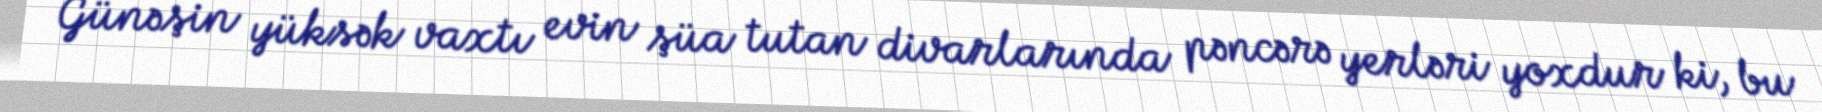
Günəşin yüksək vaxtı evin şüa tutan divarlarında pəncərə yerləri yoxdur ki, bu